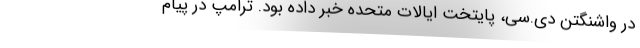
در واشنگتن دی‌.سی، پایتخت ایالات متحده خبر داده بود. ترامپ در پیام